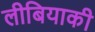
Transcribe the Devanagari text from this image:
लीबियाकी